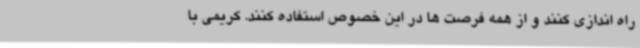
راه اندازی کنند و از همه فرصت ها در این خصوص استفاده کنند. کریمی با